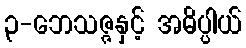
၃-ဘေသဇ္ဇနှင့် အဓိပ္ပါယ်